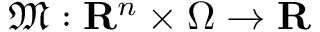
\mathfrak { M } : { \mathbf { R } } ^ { n } \times \Omega \rightarrow { \mathbf { R } }